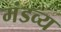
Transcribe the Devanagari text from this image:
मंडव्य